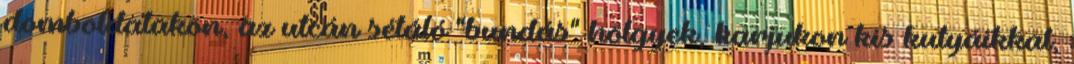
domboldalakon, az utcán sétáló "bundás" hölgyek, karjukon kis kutyáikkal,